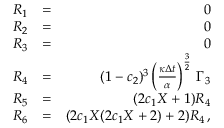
\begin{array} { r l r } { { \cal R } _ { 1 } } & { = } & { 0 } \\ { { \cal R } _ { 2 } } & { = } & { 0 } \\ { { \cal R } _ { 3 } } & { = } & { 0 } \\ { { \cal R } _ { 4 } } & { = } & { ( 1 - c _ { 2 } ) ^ { 3 } \left( \frac { \kappa \Delta { t } } { \alpha } \right) ^ { \frac { 3 } { 2 } } \, \Gamma _ { 3 } } \\ { { \cal R } _ { 5 } } & { = } & { ( 2 c _ { 1 } X + 1 ) { \cal R } _ { 4 } } \\ { { \cal R } _ { 6 } } & { = } & { ( 2 c _ { 1 } X ( 2 c _ { 1 } X + 2 ) + 2 ) { \cal R } _ { 4 } \, , } \end{array}